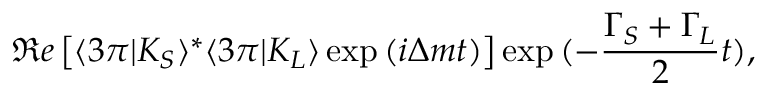
{ \Re e } \left[ \langle 3 \pi \vert K _ { S } \rangle ^ { * } \langle 3 \pi \vert K _ { L } \rangle \exp { ( i \Delta m t ) } \right] \exp { ( - \frac { \Gamma _ { S } + \Gamma _ { L } } { 2 } t ) } ,